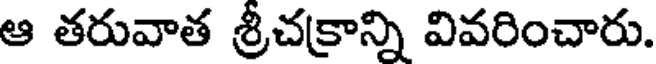
ఆ తరువాత శ్రీచక్రాన్ని వివరించారు.